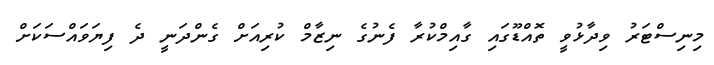
މިނިސްޓަރު ވިދާޅުވީ ތޮއްޑޫގައި ގާއިމްކުރާ ފެނުގެ ނިޒާމް ކުރިއަށް ގެންދަނީ ދެ ފިޔަވައްސަކަށް